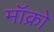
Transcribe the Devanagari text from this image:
मॉक्रो